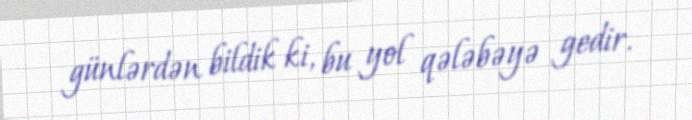
günlərdən bildik ki, bu yol qələbəyə gedir.